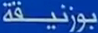
بورنيقة